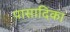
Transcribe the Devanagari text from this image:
पासादिका